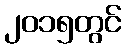
၂၀၁၅တွင်